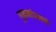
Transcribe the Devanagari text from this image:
गुलामांप्रमाणे